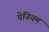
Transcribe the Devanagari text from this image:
पेनियम